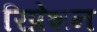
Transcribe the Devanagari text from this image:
रिप्रेशन